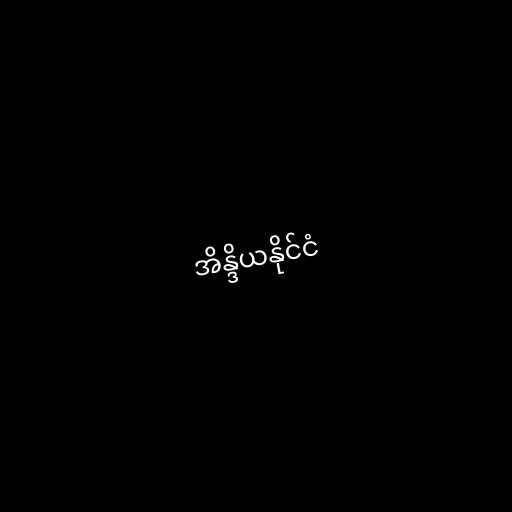
အိန္ဒိယနိုင်ငံ